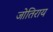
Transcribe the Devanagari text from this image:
जोतिराय